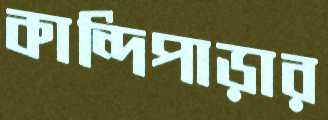
কান্দিপাড়ার